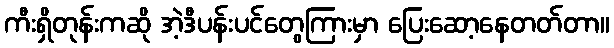
ကီးရှိတုန်းကဆို အဲ့ဒီပန်းပင်တွေကြားမှာ ပြေးဆော့နေတတ်တာ။